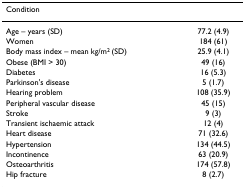
<table><thead><tr><td><b>Condition</b></td><td></td></tr></thead><tbody><tr><td>Age – years (SD)</td><td>77.2 (4.9)</td></tr><tr><td>Women</td><td>184 (61)</td></tr><tr><td>Body mass index – mean kg/m<sup>2 </sup>(SD)</td><td>25.9 (4.1)</td></tr><tr><td>Obese (BMI &gt; 30)</td><td>49 (16)</td></tr><tr><td>Diabetes</td><td>16 (5.3)</td></tr><tr><td>Parkinson&#x27;s disease</td><td>5 (1.7)</td></tr><tr><td>Hearing problem</td><td>108 (35.9)</td></tr><tr><td>Peripheral vascular disease</td><td>45 (15)</td></tr><tr><td>Stroke</td><td>9 (3)</td></tr><tr><td>Transient ischaemic attack</td><td>12 (4)</td></tr><tr><td>Heart disease</td><td>71 (32.6)</td></tr><tr><td>Hypertension</td><td>134 (44.5)</td></tr><tr><td>Incontinence</td><td>63 (20.9)</td></tr><tr><td>Osteoarthritis</td><td>174 (57.8)</td></tr><tr><td>Hip fracture</td><td>8 (2.7)</td></tr></tbody></table>